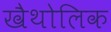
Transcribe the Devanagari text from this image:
खैथोलिक